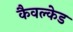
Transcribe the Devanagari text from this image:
कैवल्केड